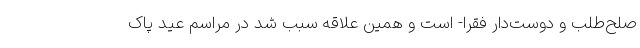
صلح‌طلب و دوست‌دار فقرا- است و همین علاقه سبب شد در مراسم عید پاک